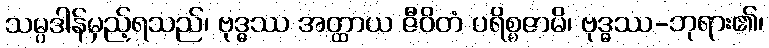
သမ္ပဒါန်မှည့်ရသည်၊ ဗုဒ္ဓဿ အတ္ထာယ ဇီဝိတံ ပရိစ္စဇာမိ၊ ဗုဒ္ဓဿ-ဘုရား၏၊